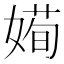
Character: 𡟱